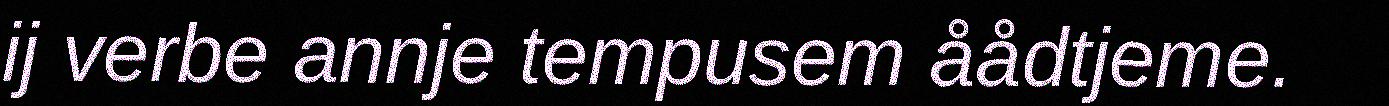
ij verbe annje tempusem åådtjeme.